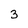
Character: 3